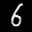
Label: 6